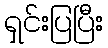
ရှင်းပြပြီး